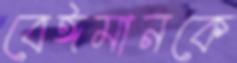
বেঈমানকে